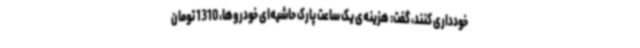
خودداری کنند، گفت: هزینه‌ی یک ساعت پارک حاشیه‌ای خودروها، 1310 تومان